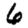
Digit: 6